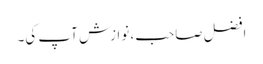
افضل صاحب، نوازش آپ کی۔